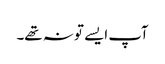
آپ ایسے تو نہ تھے۔